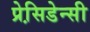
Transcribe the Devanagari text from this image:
प्रेसि़डेन्सी